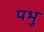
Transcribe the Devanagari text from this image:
पभु